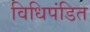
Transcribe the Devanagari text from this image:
विधिपंडित